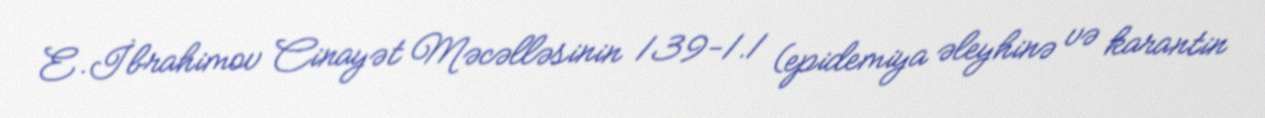
E.İbrahimov Cinayət Məcəlləsinin 139-1.1 (epidemiya əleyhinə və karantin